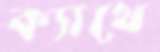
ক্যাথে